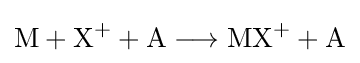
{\mathrm {M} {}+{}\mathrm {X} {\vphantom {A}}^{+}{}+{}\mathrm {A} {}\mathrel {\longrightarrow } {}\mathrm {MX} {\vphantom {A}}^{+}{}+{}\mathrm {A} }